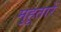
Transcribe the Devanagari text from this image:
मुहूतारें